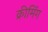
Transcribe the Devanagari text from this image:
क्रीमिंग